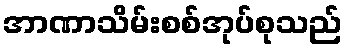
အာဏာသိမ်းစစ်အုပ်စုသည်